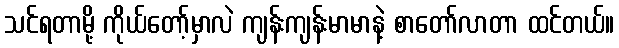
သင်ရတာမို့ ကိုယ်တော့်မှာလဲ ကျန်းကျန်းမာမာနဲ့ စာတော်လာတာ ထင်တယ်။